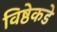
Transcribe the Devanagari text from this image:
विष्ठेकडे